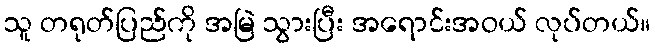
သူ တရုတ်ပြည်ကို အမြဲ သွားပြီး အရောင်းအဝယ် လုပ်တယ်။